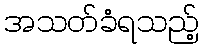
အသတ်ခံရသည့်